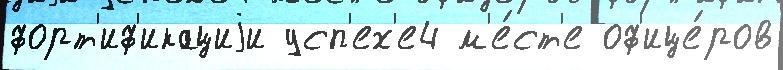
форт'иф'икациjи усп'ех'е4 м'е́ст'е оф'ице́ров